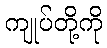
ကျုပ်တို့ကို